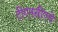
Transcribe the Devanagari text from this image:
टीएनसीएचे